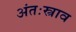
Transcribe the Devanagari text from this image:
अंतःस्त्राव